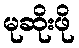
မုဆိုးဖို